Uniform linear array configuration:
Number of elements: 64
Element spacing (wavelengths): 0.25
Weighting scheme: hann
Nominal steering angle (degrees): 0
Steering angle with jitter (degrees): -0.411
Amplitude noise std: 0.05
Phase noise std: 0.05

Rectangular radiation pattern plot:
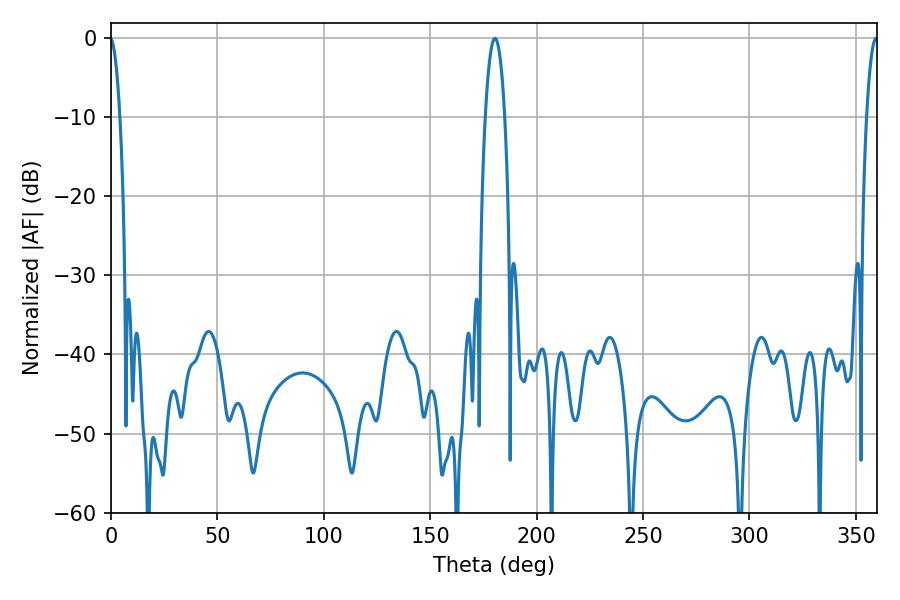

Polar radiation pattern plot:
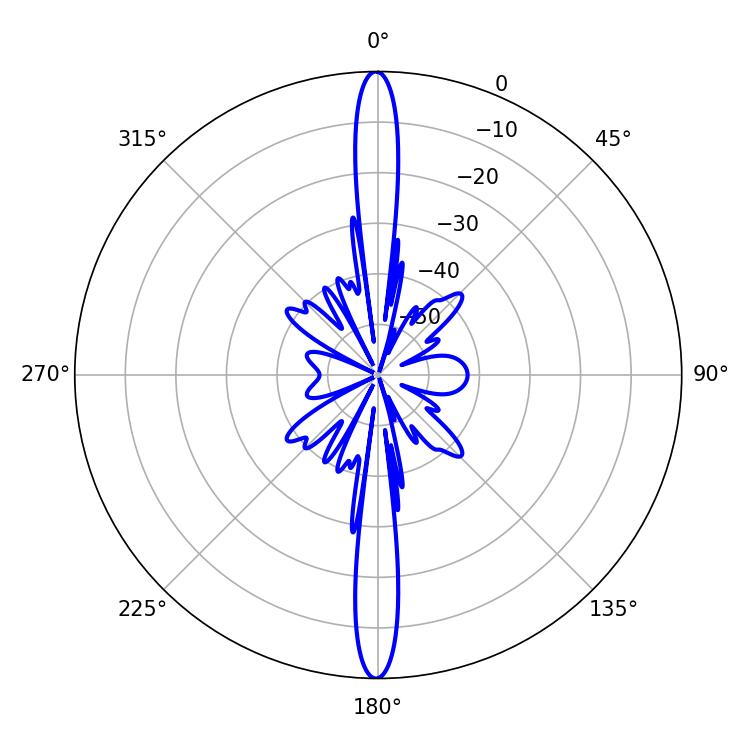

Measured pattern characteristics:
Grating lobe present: FALSE
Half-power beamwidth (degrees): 5.04
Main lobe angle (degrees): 180.36